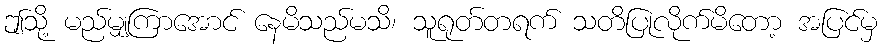
ဤသို့ မည်မျှကြာအောင် နေမိသည်မသိ၊ သူရုတ်တရက် သတိပြုလိုက်မိတော့ အပြင်မှ